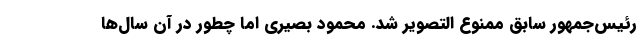
رئیس‌جمهور سابق ممنوع التصویر شد. محمود بصیری اما چطور در آن سال‌ها